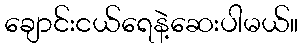
ချောင်းငယ်ရေနဲ့ဆေးပါမယ်။